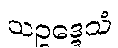
သဥဒ္ဒေသံ